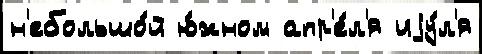
н'ебольшо́й ю́жном апр'е́л'я иjу́л'я